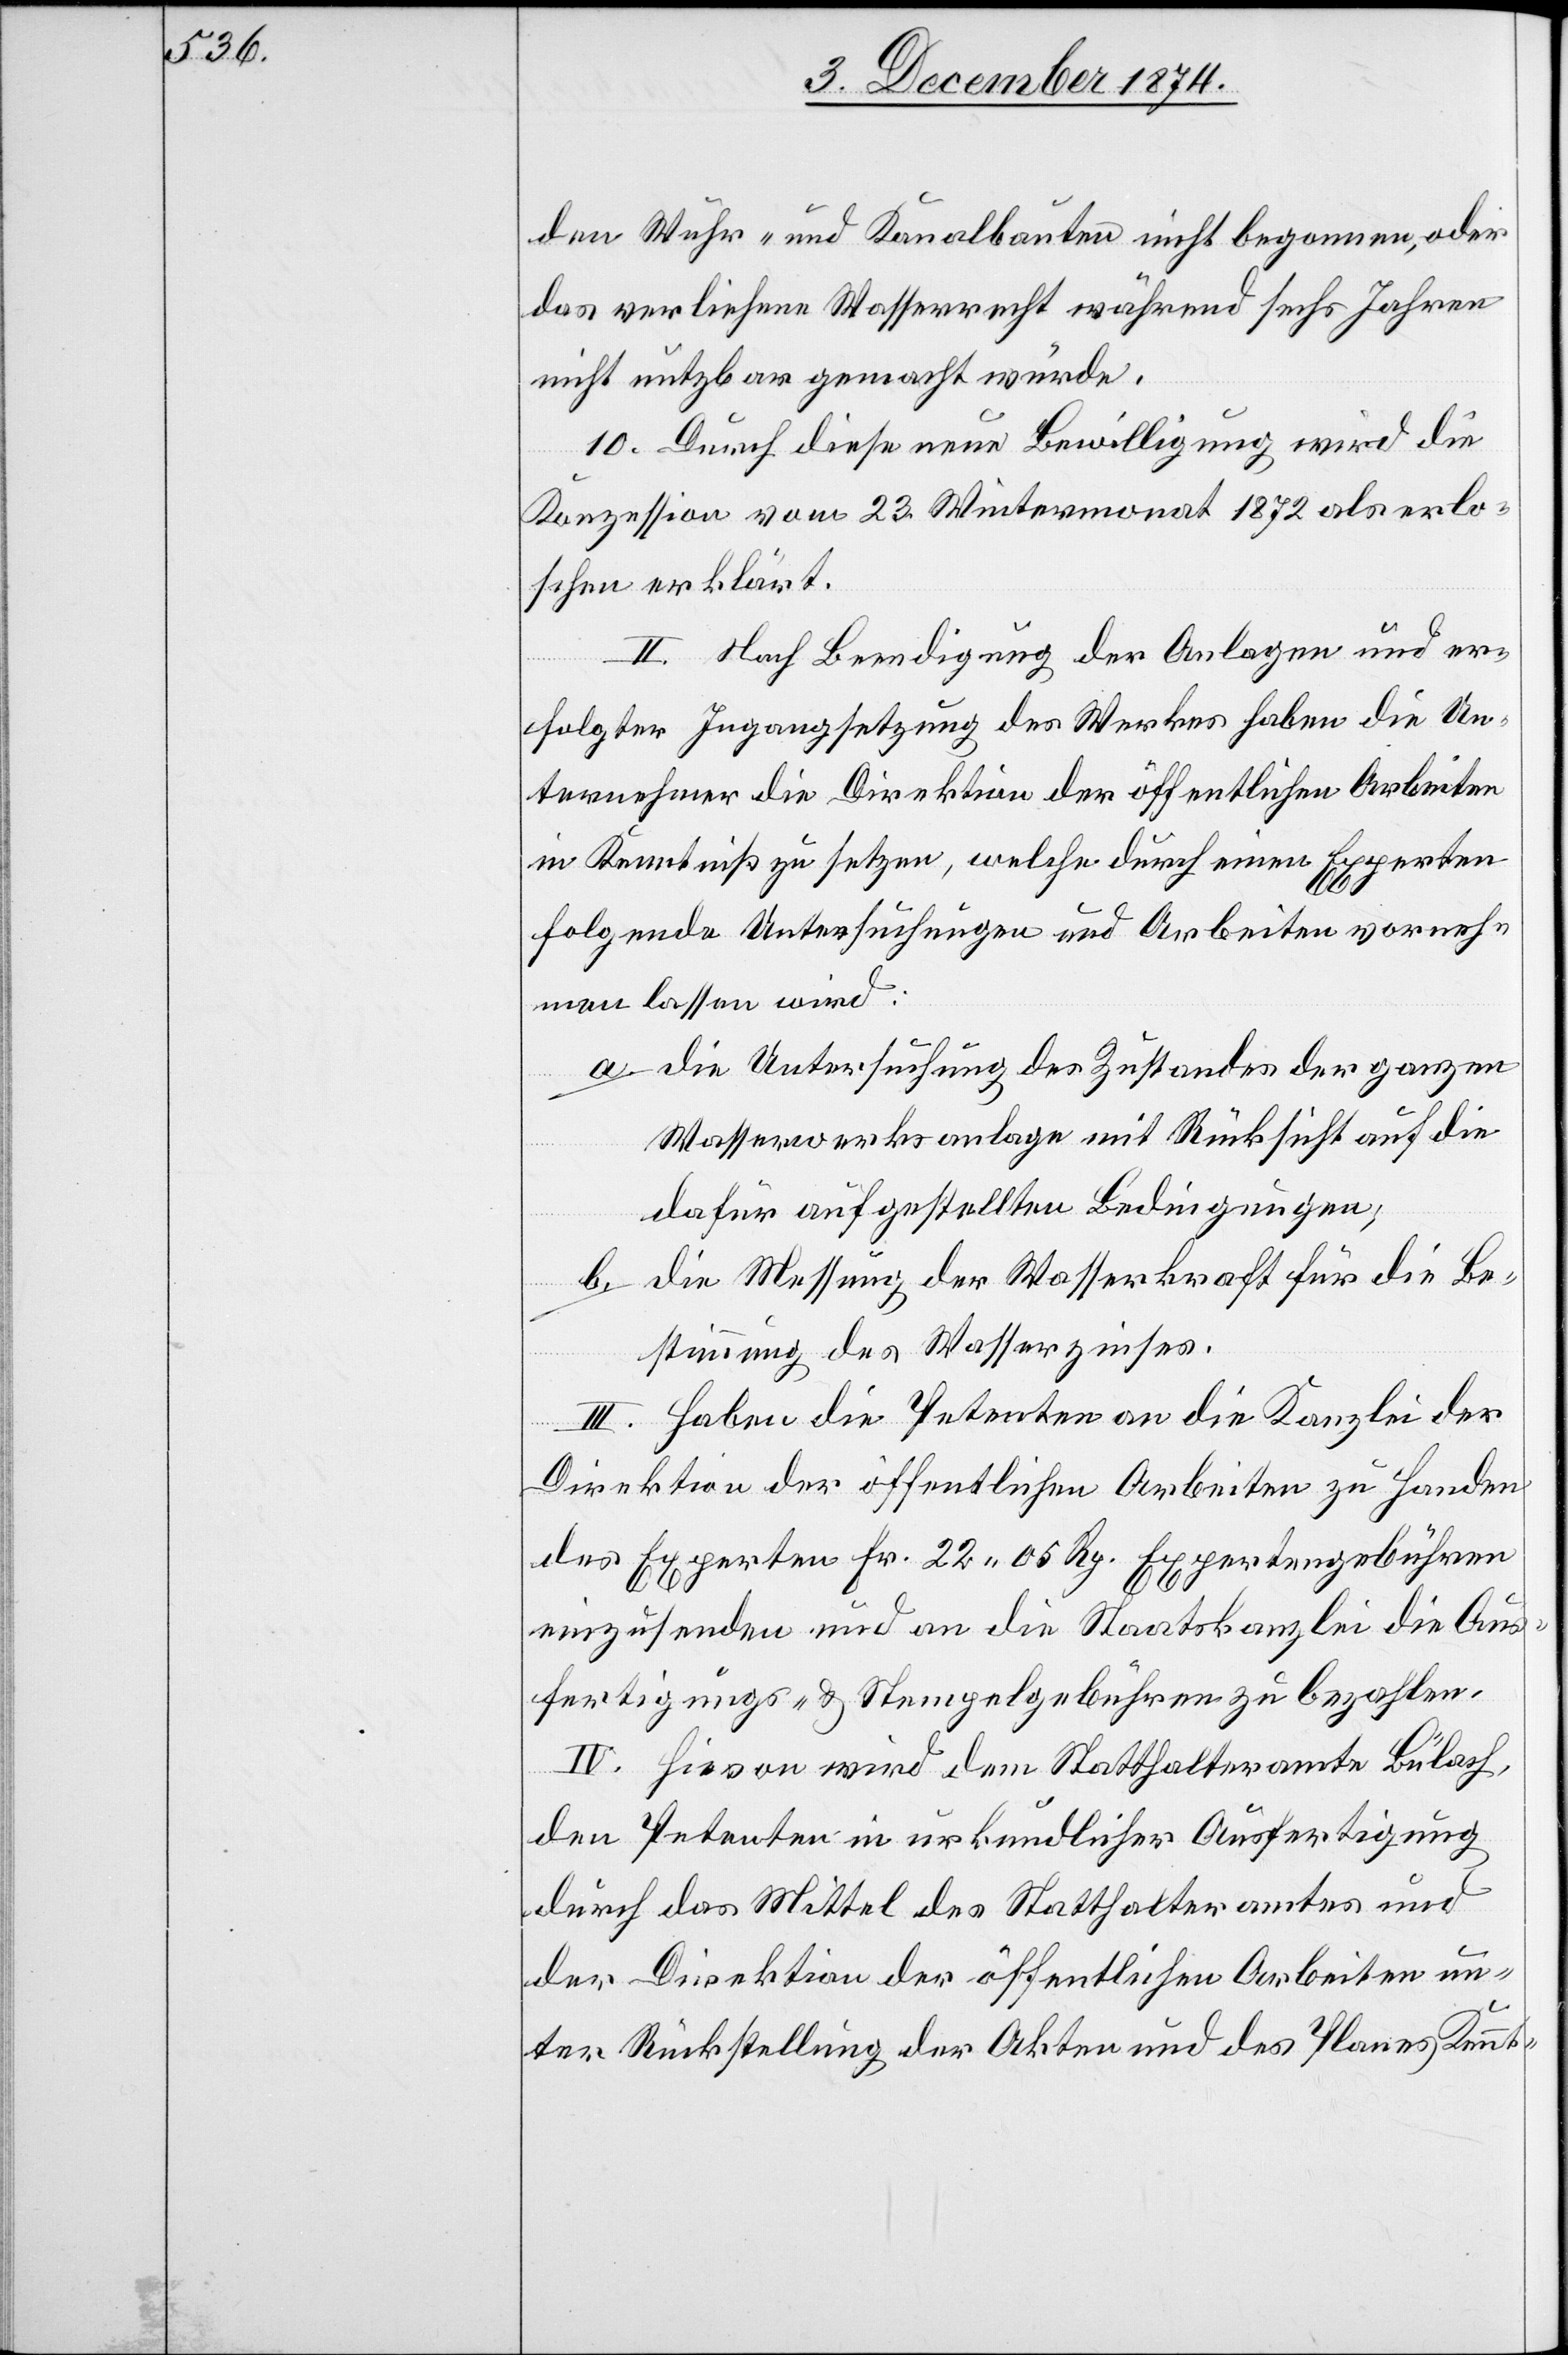
den Wuhr- und Kanalbauten nicht begonnen, oder
das verliehene Wasserrecht während sechs Jahren
nicht nutzbar gemacht würde.
10. Durch diese neue Bewilligung wird die
Konzession vom 23. Wintermonat 1872 als erlo¬
schen erklärt.
II. Nach Beendigung der Anlagen und er¬
folgter Ingangsetzung des Werkes haben die Un¬
ternehmer die Direktion der öffentlichen Arbeiten
in Kenntniß zu setzen, welche durch einen Experten
folgende Untersuchungen und Arbeiten vorneh¬
men lassen wird:
a. die Untersuchung des Zustandes der ganzen
Wasserwerksanlage mit Rücksicht auf die
dafür aufgestellten Bedingungen,
b. die Messung der Wasserkraft für die Be¬
stimmung des Wasserzinses.
III. Haben die Petenten an die Kanzlei der
Direktion der öffentlichen Arbeiten zu Handen
des Experten Fr. 22. 05 Rp. Expertengebühren
einzusenden und an die Staatskanzlei die Aus¬
fertigungs- & Stempelgebühren zu bezahlen.
IV. Hievon wird dem Statthalteramte Bülach,
den Petenten in urkundlicher Ausfertigung
durch das Mittel des Statthalteramtes und
der Direktion der öffentlichen Arbeiten un¬
ter Rückstellung der Akten und des Planes Kennt-